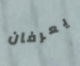
يعرفان